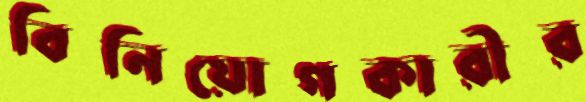
বিনিয়োগকারীর